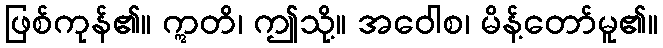
ဖြစ်ကုန်၏။ ဣတိ၊ ဤသို့။ အဝေါစ၊ မိန့်တော်မူ၏။